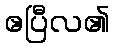
ဧပြီလ၏